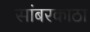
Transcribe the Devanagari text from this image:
सांबरकाठा